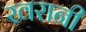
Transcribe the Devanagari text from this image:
खरानी